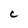
Character: c